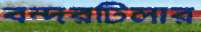
বন্দরটিলার